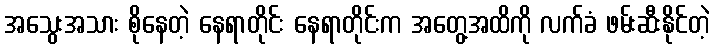
အသွေးအသား စိုနေတဲ့ နေရာတိုင်း နေရာတိုင်းက အတွေ့အထိကို လက်ခံ ဖမ်းဆီးနိုင်တဲ့